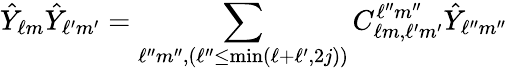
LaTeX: \hat{Y}_{\ell m}\hat{Y}_{\ell^{\prime}m^{\prime}}=\sum_{\ell^{\prime\prime}m^{\prime\prime},(\ell^{\prime\prime}\leq\mathrm{min}(\ell+\ell^{\prime},2j))}C_{\ell m,\ell^{\prime}m^{\prime}}^{\ell^{\prime\prime}m^{\prime\prime}}\hat{Y}_{\ell^{\prime\prime}m^{\prime\prime}}